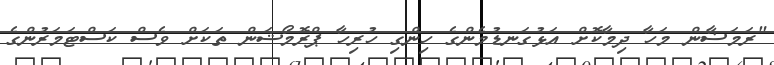
"ރަމަޟާން މަހާ ދިމާކޮށް އަޅުގަނޑުމެންގެ ހިންގި ހުރިހާ ޕްރޮމޯޝަން ތަކަށް ވެސް ކަސްޓަމަރުންގެ